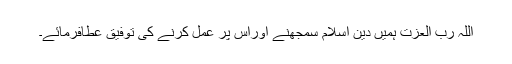
اللہ رب العزت ہمیں دینِ اسلام سمجھنے اوراس پر عمل کرنے کی توفیق عطافرمائے۔